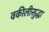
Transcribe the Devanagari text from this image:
वकीलीसुद्धा